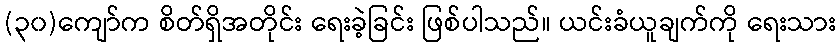
(၃၀)ကျော်က စိတ်ရှိအတိုင်း ရေးခဲ့ခြင်း ဖြစ်ပါသည်။ ယင်းခံယူချက်ကို ရေးသား